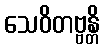
သေဝိတဗ္ဗန္တိ